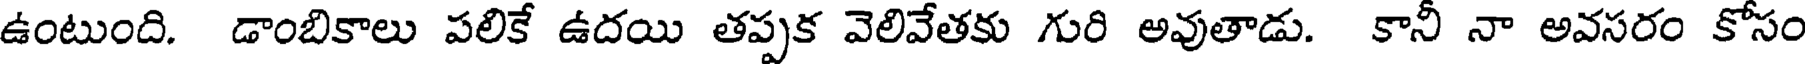
ఉంటుంది. డాంబికాలు పలికే ఉదయి తప్పక వెలివేతకు గురి అవుతాడు. కానీ నా అవసరం కోసం